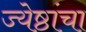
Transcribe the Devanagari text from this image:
ज्येष्ठांचा